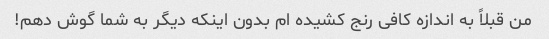
من قبلاً به اندازه کافی رنج کشیده ام بدون اینکه دیگر به شما گوش دهم!